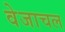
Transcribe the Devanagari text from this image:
वेजाचल